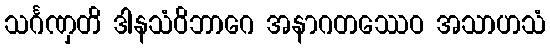
သင်္ဂဏှတိ ဒါနသံဝိဘာဂေ အနာဂတဿေဝ အသာဟသံ